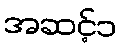
အဆင့်၁